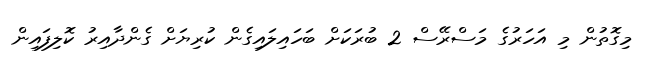
މިގޮތުން މި އަހަރުގެ މަސްރޭސް 2 ބުރަކަށް ބަހައިލައިގެން ކުރިޔަށް ގެންދާއިރު ކޮލިފައިން